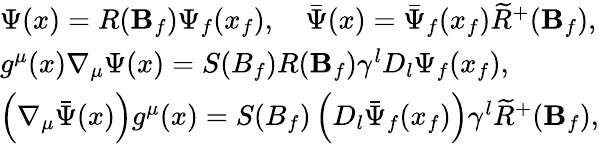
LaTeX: \begin{array}{l}{{\Psi(x)=R({\mathbf B}_{f})\Psi_{f}(x_{f}),\quad\bar{\Psi}(x)=\bar{\Psi}_{f}(x_{f})\widetilde{R}^{+}({\mathbf B}_{f}),}}\\ {{g^{\mu}(x)\nabla_{\mu}\Psi(x)=S(B_{f})R({\mathbf B}_{f})\gamma^{l}D_{l}\Psi_{f}(x_{f}),}}\\ {{\left(\nabla_{\mu}\bar{\Psi}(x)\right)g^{\mu}(x)=S(B_{f})\left(D_{l}\bar{\Psi}_{f}(x_{f})\right)\gamma^{l}\widetilde{R}^{+}({\mathbf B}_{f}),}}\end{array}